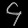
Digit: ၄